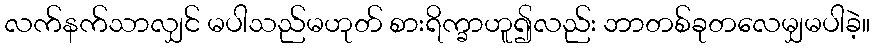
လက်နက်သာလျှင် မပါသည်မဟုတ် စားရိက္ခာဟူ၍လည်း ဘာတစ်ခုတလေမျှမပါခဲ့။